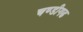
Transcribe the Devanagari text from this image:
चण्‍डीगढ